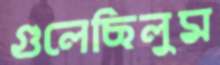
গুলেছিলুম